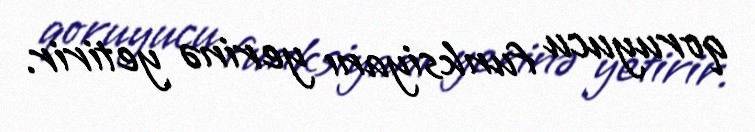
qoruyucu funksiyanı yerinə yetirir.